Source: Handwritten
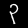
Digit: ၃ (3)